Report on vaccination in Madras 1904-1921 - 1904-1921
Year: 1904
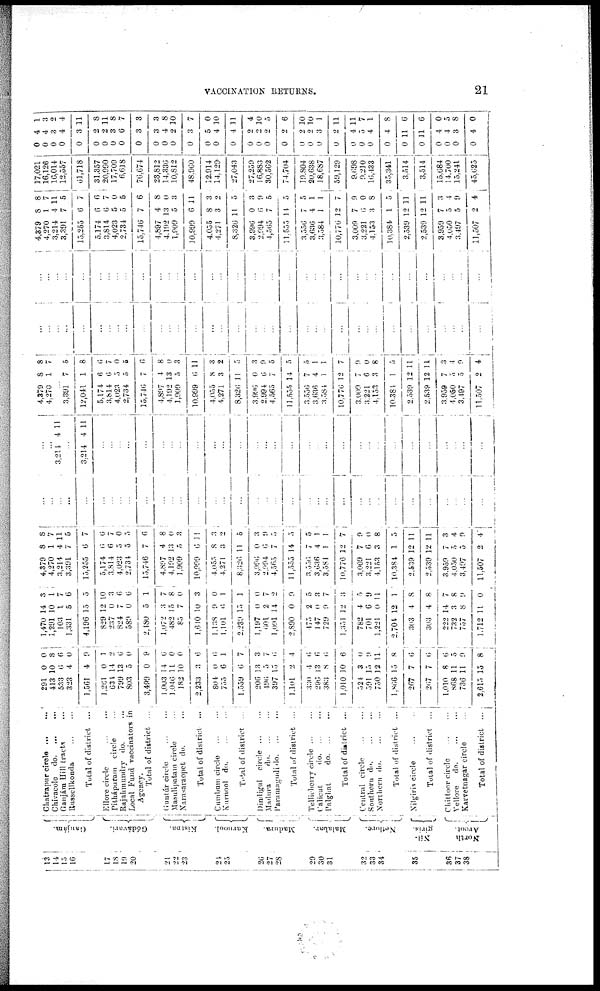
VACCINATION RETURNS.
21
13
14
15
16
17
18
19
20
21
22
23
24
25
20
27
28
29
30
31
32
33
34
35
36
37
38
Ganjám.
Gódávari.
Kistna.
Kurnool.
Madura.
Malabar.
Nellore.
Nil¬
giris.
North
Arcot.
Chatrapur circle
...
...
Chivacole
do.
...
...
Ganjám Hill tracts ...
Russellkonda
...
...
Total of district ...
Ellore circle
...
...
Pithápuram circle ... ...
Rajahmundry do. ...
Local Fund vaccinators in
Agencgy.
Total of district ...
Guntúr circle ... ...
Masulipatam circle ...
Narasaraopet do. ...
Total of district
...
Cumbum circle ... ...
Kurnool do. ... ...
Total of district ...
Dindigul
circle
...
...
Madura
do. ... ...
Paramagudi do. ... ...
Total of district ...
Tellicherry circle
...
...
Calicut
do. ... ...
Palghat
do. ... ...
Total of district ...
Central circle
...
...
Southern
do.
...
...
Northern do. ... ...
Total of district ...
Nilgiris circle ... ...
Total of district
...
Chittoor circle
...
...
Vellore
do. ... ...
Karvetnagar circle ... ...
Total of district ...
291
413
533
323
1,561
1,261
634
799
803
3,499
1,003
1,046
182
2,233
804
755
1,559
206
496
397
1,101
330
296
383
1,010
524
591
750
1,866
207
267
1,010
868
730
2,615
0
10
6
4
4
0
14
13
5
0
14
11
10
3
0
6
6
13
5
15
2
4
13
8
10
3
15
12
15
7
7
8
11
11
15
0
3
6
0
9
1
2
6
0
9
6
0
0
6
6
1
7
3
7
6
4
6
0
6
6
0
9
11
8
6
6
6
5
9
8
1,470
1,291
103
1,331
4,196
829
237
824
589
2,480
1,072
482
85
1,610
1,138
1,101
2,230
1,197
601
1,091
2,890
475
147
729
1,351
782
701
1,221
2,704
303
303
222
732
757
1,712
14
10
1
5
15
12
0
7
0
5
3
15
7
10
9
6
15
0
2
14
0
2
0
9
12
4
6
0
12
4
4
14
3
8
11
3
1
7
6
5
10
3
6
6
1
7
8
0
3
0
1
1
0
7
2
9
5
3
7
3
5
9
11
1
8
8
7
8
9
0
4,379
4,270
3,214
3,391
15,255
5,174
3,814
4,023
2,734
15,746
4,807
4,192
1,909
10,999
4,055
4,271
8,326
3,996
2,994
4,565
11,555
3,550
3,636
3,584
10,776
3,009
3,221
4,153
10,384
2,539
2,539
3,959
4,050
3,497
11,507
8
1
4
7
0
6
6
5
5
7
4
13
5
0
8
3
11
0
6
7
14
7
4
1
12
7
6
3
1
12
12
7
5
5
2
8
7
11
5
7
6
7
0
5
6
8
0
3
11
3
2
5
3
9
5
5
5
1
1
7
9
0
8
5
11
11
3
4
9
4
...
...
...
...
...
...
...
...
...
...
...
...
...
...
...
...
...
...
...
...
...
...
...
...
...
...
...
...
...
...
...
...
...
...
...
...
...
3,214 4 11
...
3,214 4 11
...
...
...
...
...
...
...
...
...
...
...
...
...
...
...
...
...
...
...
...
...
...
...
...
...
...
...
...
...
...
4,379
4,270
8
1
8
7
...
3,391
12,041
5,174
3,814
4,023
2,734
15,740
4,897
4,192
1,909
10,999
4,055
4,271
8,326
3,996
2,994
4,565
11,555
3,550
3,636
3,584
10,776
3,009
3,221
4,153
10,384
2,539
2,539
3,959
4,050
3,497
11,507
7
1
6
6
5
5
7
4
13
5
6
8
3
11
0
6
7
14
7
4
1
12
7
6
3
1
12
12
7
5
5
2
5
8
6
7
0
5
0
8
0
3
11
3
2
5
3
9
5
5
5
1
1
7
9
0
8
5
11
11
3
4
9
4
...
...
...
...
...
...
...
...
...
...
...
...
...
...
...
...
...
...
...
...
...
...
...
...
...
...
...
...
...
...
...
...
...
...
...
...
...
...
...
...
...
...
...
...
...
...
...
...
...
...
...
...
...
...
...
...
...
...
...
...
...
...
...
...
...
...
...
...
...
...
4,379
4,270
3,214
3,391
15,255
5,174
3,814
4,023
2,734
15,746
4,897
4,192
1,909
10,999
4,055
4,271
8,326
3,996
2,094
4,565
11,555
3,556
3,636
3,584
10,776
3,009
3,221
4,153
10,384
2,539
2,539
3,959
4,050
3,497
11,507
8
1
4
7
6
6
6
5
5
7
4
13
0
6
8
3
11
0
6
7
14
7
4
1
12
7
6
3
1
12
12
7
5
5
2
8
7
11
5
7
6
7
0
5
6
8
0
3
11
3
2
5
3
9
5
5
5
1
1
7
9
9
8
5
11
11
3
4
9
4
17,021
16,126
16,014
12,557
61,718
31,357
20,990
17,709
6,618
76,674
23,812
14,336
10,812
48,960
12,914
14,129
27,043
27,259
16,883
30,562
74,704
19,804
20,638
18,687
59,129
9,698
9,210
16,433
35,341
3,514
3,514
15,684
14,700
15,241
45,625
0 0 0
0
0
0
0 0 0
0
0
0
0
0
0
0
0
0
0
0
0
0
0
0
0
0
0
0
0
0
0
0
0
0
0
4
4
3
4
3
2
2
3
6
3
3
4
2
3
5
4
4
2
2
2
2
2
2
3
2
4
5
4
4
11
11
4
4
3
4
1
3
2
4
11
8
11
8
7
3
3
8
10
7
0
10
11
4
10
5
6
10
10
1
11
11
7
1
8
6
6
0
5
8
0